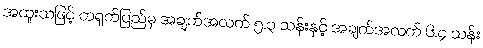
အထူးသဖြင့် တရုတ်ပြည်မှ အချက်အလက် ၅.၃ သန်းနှင့် အချက်အလက် ၆.၄ သန်း